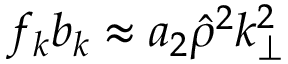
f _ { k } b _ { k } \approx a _ { 2 } \hat { \rho } ^ { 2 } k _ { \perp } ^ { 2 }